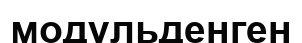
модульденген